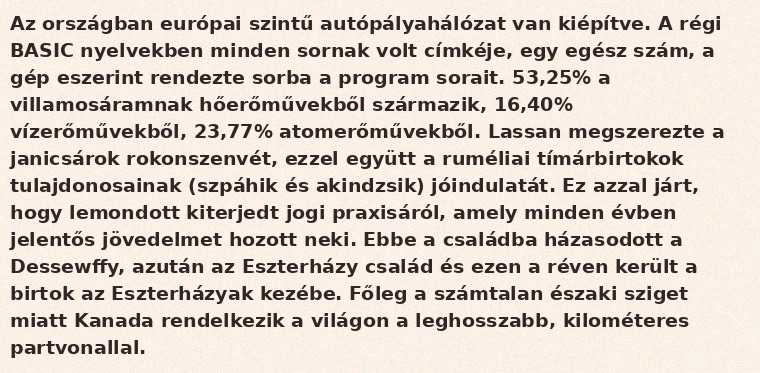
Az országban európai szintű autópályahálózat van kiépítve. A régi BASIC nyelvekben minden sornak volt címkéje, egy egész szám, a gép eszerint rendezte sorba a program sorait. 53,25% a villamosáramnak hőerőművekből származik, 16,40% vízerőművekből, 23,77% atomerőművekből. Lassan megszerezte a janicsárok rokonszenvét, ezzel együtt a ruméliai tímárbirtokok tulajdonosainak (szpáhik és akindzsik) jóindulatát. Ez azzal járt, hogy lemondott kiterjedt jogi praxisáról, amely minden évben jelentős jövedelmet hozott neki. Ebbe a családba házasodott a Dessewffy, azután az Eszterházy család és ezen a réven került a birtok az Eszterházyak kezébe. Főleg a számtalan északi sziget miatt Kanada rendelkezik a világon a leghosszabb,  kilométeres partvonallal.